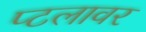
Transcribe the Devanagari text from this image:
प्टलावर